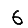
Digit: 6